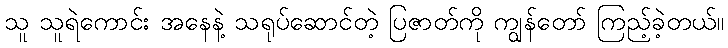
သူ သူရဲကောင်း အနေနဲ့ သရုပ်ဆောင်တဲ့ ပြဇာတ်ကို ကျွန်တော် ကြည့်ခဲ့တယ်။